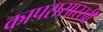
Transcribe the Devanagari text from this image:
कापरासारखी